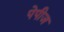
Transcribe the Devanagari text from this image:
पेपीज